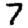
Digit: 7